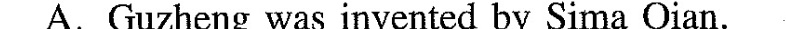
A.Guzheng was invented by Sima Qian.